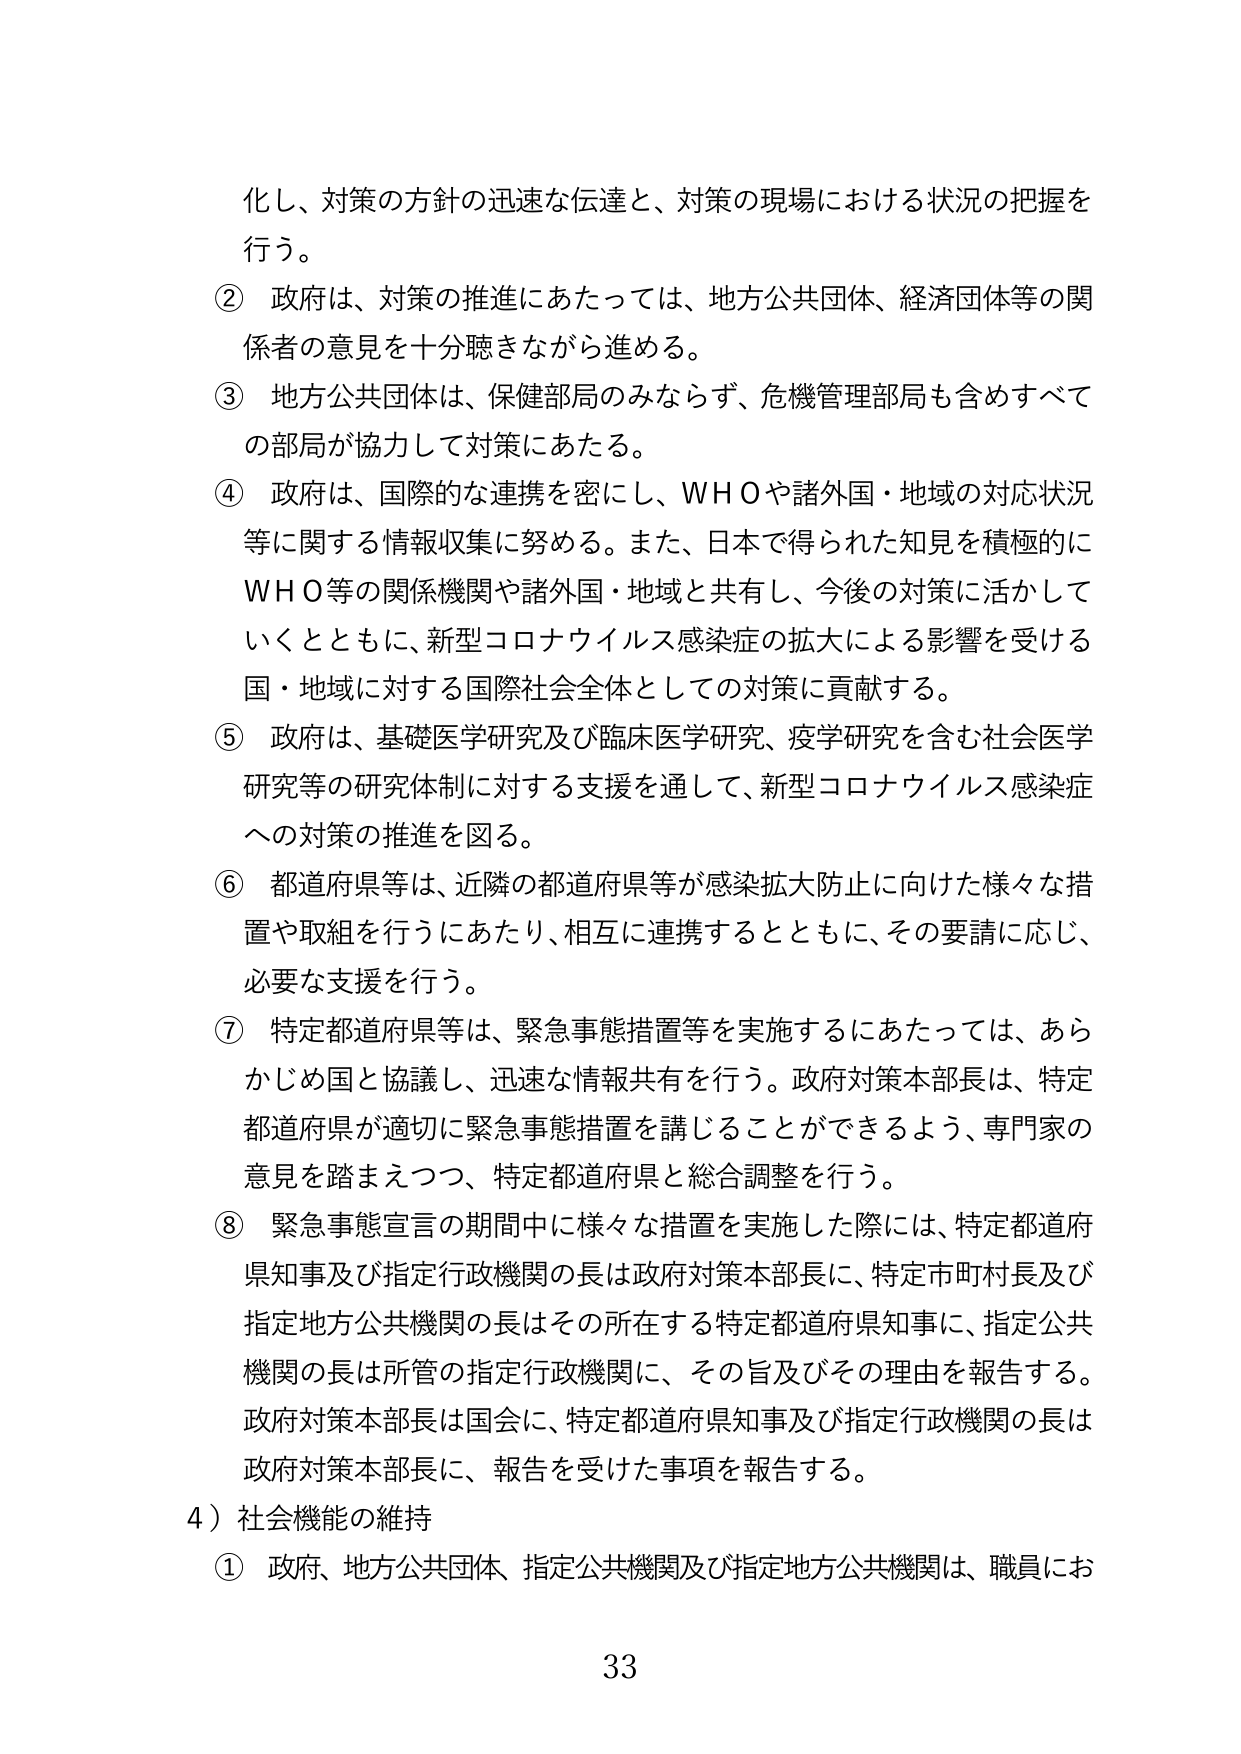
化し、対策の方針の迅速な伝達と、対策の現場における状況の把握を行う。

② 政府は、対策の推進にあたっては、地方公共団体、経済団体等の関係者の意見を十分聴きながら進める。

③ 地方公共団体は、保健部局のみならず、危機管理部局も含めすべての部局が協力して対策にあたる。

④ 政府は、国際的な連携を密にし、ＷＨＯや諸外国・地域の対応状況等に関する情報収集に努める。また、日本で得られた知見を積極的にＷＨＯ等の関係機関や諸外国・地域と共有し、今後の対策に活かしていくとともに、新型コロナウイルス感染症の拡大による影響を受ける国・地域に対する国際社会全体としての対策に貢献する。

⑤ 政府は、基礎医学研究及び臨床医学研究、疫学研究を含む社会医学研究等の研究体制に対する支援を通じて、新型コロナウイルス感染症への対策の推進を図る。

⑥ 都道府県等は、近隣の都道府県等が感染拡大防止に向けた様々な措置や取組を行うにあたり、相互に連携するとともに、その要請に応じ、必要な支援を行う。

⑦ 特定都道府県等は、緊急事態措置等を実施するにあたっては、あらかじめ国と協議し、迅速な情報共有を行う。政府対策本部長は、特定都道府県が適切に緊急事態措置を講じることができるよう、専門家の意見を踏まえつつ、特定都道府県と総合調整を行う。

⑧ 緊急事態宣言の期間中に様々な措置を実施した際には、特定都道府県知事及び指定行政機関の長は政府対策本部長に、特定市町村長及び指定地方公共機関の長はその所在する特定都道府県知事に、指定公共機関の長は所管の指定行政機関に、その旨及びその理由を報告する。政府対策本部長は国会に、特定都道府県知事及び指定行政機関の長は政府対策本部長に、報告を受けた事項を報告する。

4）社会機能の維持

① 政府、地方公共団体、指定公共機関及び指定地方公共機関は、職員にお

33